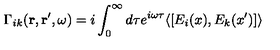
\Gamma _ { i k } ( { \bf r } , { \bf r ^ { \prime } } , \omega ) = i \int _ { 0 } ^ { \infty } d \tau e ^ { i \omega \tau } \langle [ E _ { i } ( x ) , E _ { k } ( x ^ { \prime } ) ] \rangle